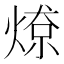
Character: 𱫲